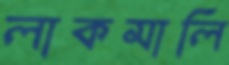
লাকমালি